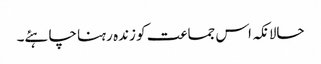
حالانکہ اس جماعت کو زندہ رہنا چاہئے۔